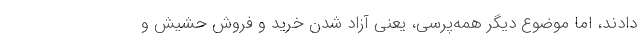
دادند، اما موضوع دیگر همه‌پرسی، یعنی آزاد شدن خرید و فروش حشیش و